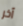
آخر